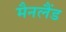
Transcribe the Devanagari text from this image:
मैनलैंड